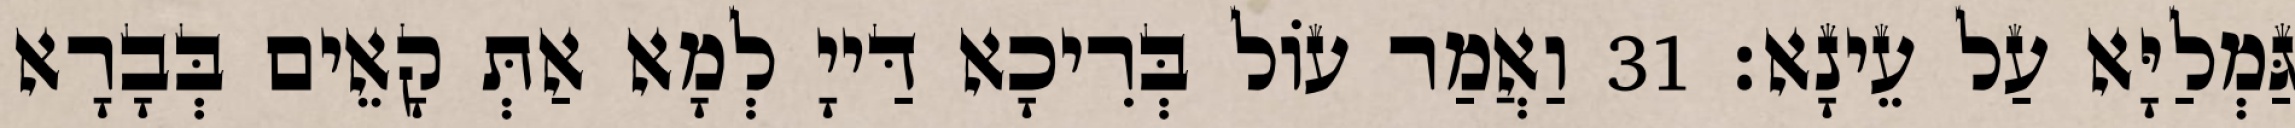
גַּמְלַיָּא עַל עֵינָא׃ 31 וַאֲמַר עוֹל בְּרִיכָא דַּייָ לְמָא אַתְּ קָאֵים בְּבָרָא